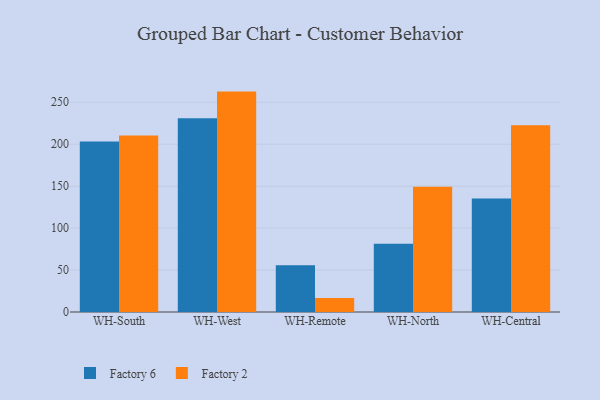
{"axis": {"x": "Warehouse", "y": "Page Views"}, "legend": ["Factory 2", "Factory 6"], "data": [{"x": "WH-South", "y": 203.1, "type": "Factory 6"}, {"x": "WH-South", "y": 210.4, "type": "Factory 2"}, {"x": "WH-West", "y": 230.8, "type": "Factory 6"}, {"x": "WH-West", "y": 262.7, "type": "Factory 2"}, {"x": "WH-Remote", "y": 55.7, "type": "Factory 6"}, {"x": "WH-Remote", "y": 16.8, "type": "Factory 2"}, {"x": "WH-North", "y": 81.4, "type": "Factory 6"}, {"x": "WH-North", "y": 149.2, "type": "Factory 2"}, {"x": "WH-Central", "y": 135.4, "type": "Factory 6"}, {"x": "WH-Central", "y": 222.5, "type": "Factory 2"}]}